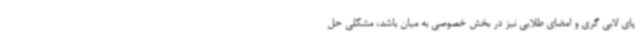
پای لابی گری و امضای طلایی نیز در بخش خصوصی به میان باشد، مشکلی حل